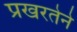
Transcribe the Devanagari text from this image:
प्रखरतेने